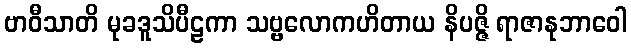
ဗာဝီသာတိ မုခဒူသိပီဠကာ သဗ္ဗလောကဟိတာယ နိပဇ္ဇိ ရာဇာနုဘာဝေါ